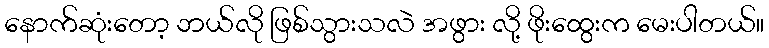
နောက်ဆုံးတော့ ဘယ်လို ဖြစ်သွားသလဲ အဖွား လို့ ဖိုးထွေးက မေးပါတယ်။